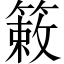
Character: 𫂙